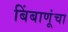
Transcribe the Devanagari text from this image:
बिंबाणूंचा